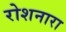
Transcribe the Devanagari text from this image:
रोशनारा